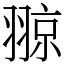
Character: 翞